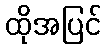
ထိုအပြင်